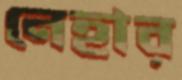
নেহার